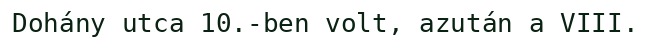
Dohány utca 10.-ben volt, azután a VIII.